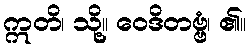
ဣတိ၊ သို့။ ဝေဒိတဗ္ဗံ၊ ၏။